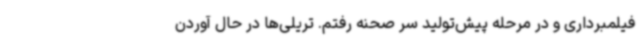
فیلمبرداری و در مرحله پیش‌تولید سر صحنه رفتم. تریلی‌ها در حال آوردن